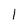
Character: 1